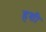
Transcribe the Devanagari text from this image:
हशी